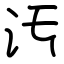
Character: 汚